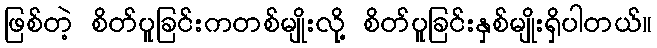
ဖြစ်တဲ့ စိတ်ပူခြင်းကတစ်မျိုးလို့ စိတ်ပူခြင်းနှစ်မျိုးရှိပါတယ်။